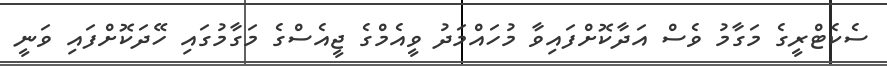
ސެކެޓްރީގެ މަގާމު ވެސް އަދާކޮށްފައިވާ މުހައްމަދު ވީއެމްގެ ޖީއެސްގެ މަގާމުގައި ހޭދަކޮށްފައި ވަނީ